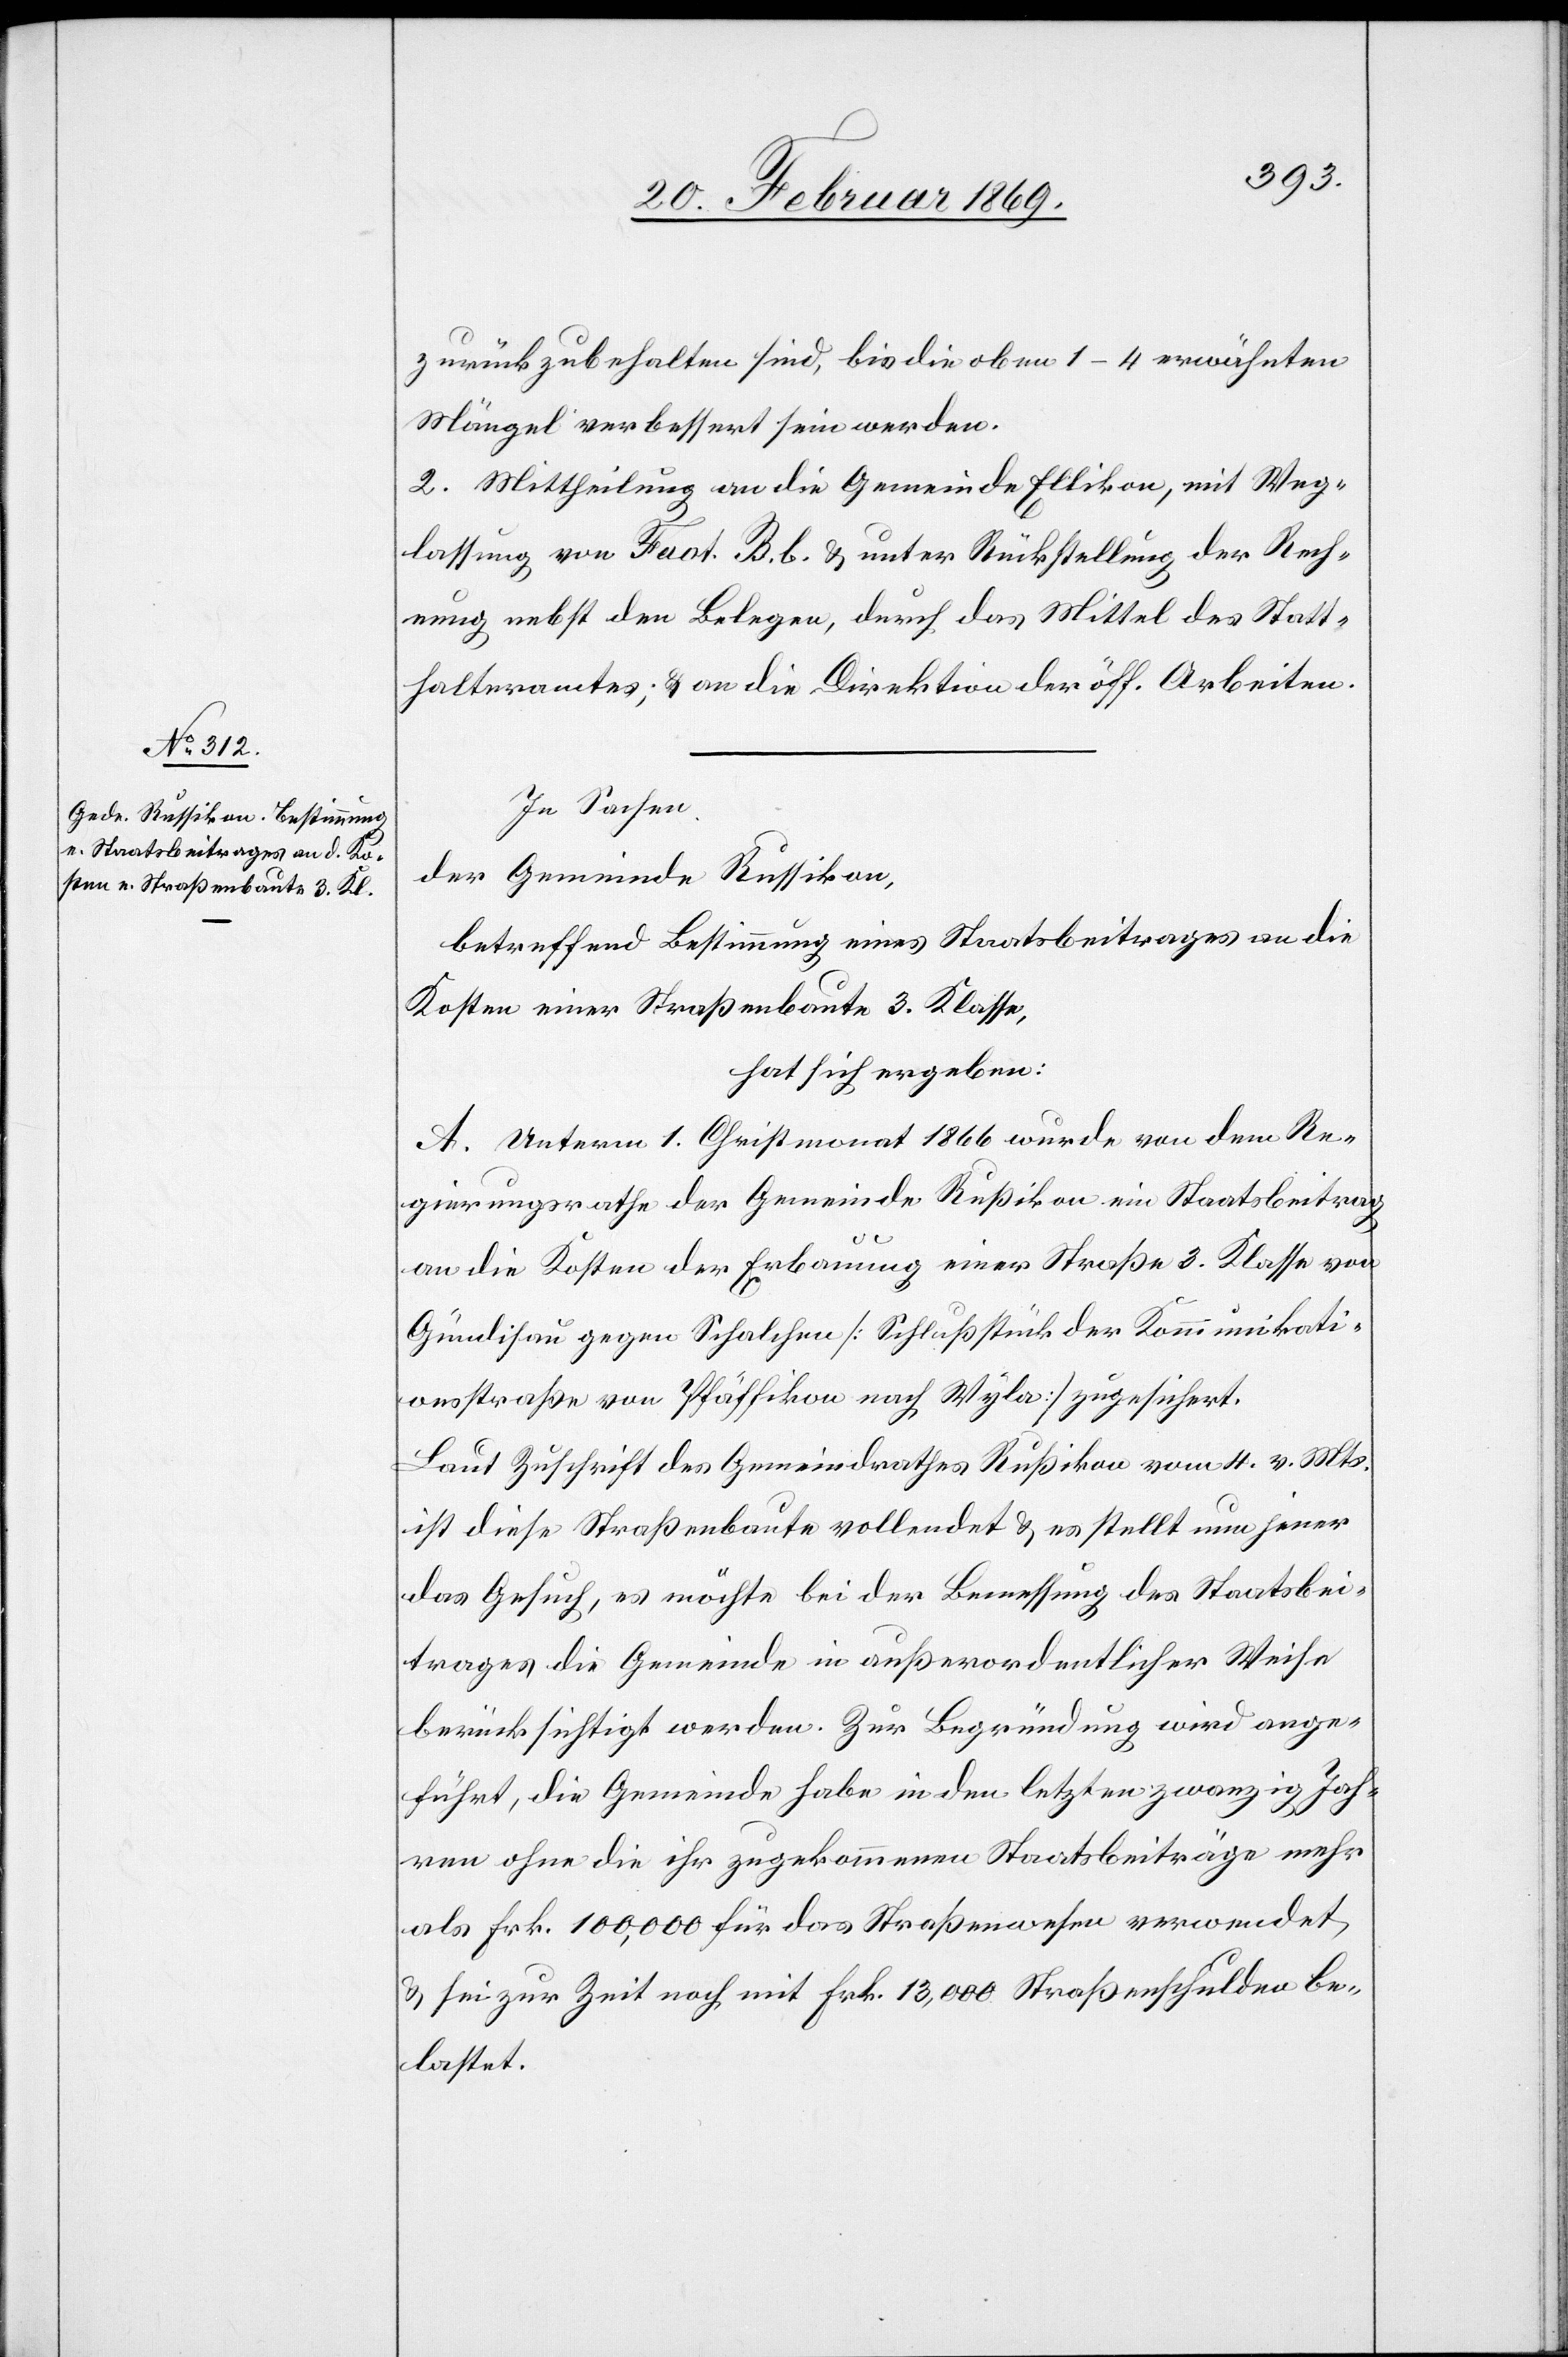
zurückzubehalten sind, bis die oben 1–4 erwähnten
Mängel verbessert sein werden.
2. Mittheilung an die Gemeinde Ellikon, mit Weg¬
lassung von Fact. B. b. & unter Rückstellung der Rech¬
nung nebst den Belegen, durch das Mittel des Statt¬
halteramtes, & an die Direktion der öff. Arbeiten.
In Sachen
der Gemeinde Russikon,
betreffend Bestimmung eines Staatsbeitrages an die
Kosten einer Straßenbaute 3 Klasse,
hat sich ergeben:
A. Unterm 1. Christmonat 1866 wurde von dem Re¬
gierungsrathe der Gemeinde Rußikon ein Staatsbeitrag
an die Kosten der Erbauung einer Straße 3. Klasse von
Gündisau gegen Schalchen [Schlußstück der Kommunikati¬
onsstraße von Pfäffikon nach Wyla] zugesichert.
Laut Zuschrift des Gemeindrathes Rußikon vom 4. v. Mts.
ist diese Straßenbaute vollendet & es stellt nun jener
das Gesuch, es möchte bei der Bemessung des Staatsbei¬
trages die Gemeinde in außerordentlicher Weise
berücksichtigt werden. Zur Begründung wird ange¬
führt, die Gemeinde habe in den letzten zwanzig Jah¬
ren ohne die ihr zugekommenen Staatsbeiträge mehr
als Frk. 100,000 für das Straßenwesen verordnet
& sei zur Zeit noch mit Frk. 13,000 Straßenschulden be¬
lastet.